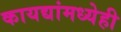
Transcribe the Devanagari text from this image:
कायद्यांमध्येही